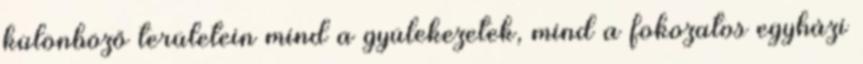
különböző területein mind a gyülekezetek, mind a fokozatos egyházi